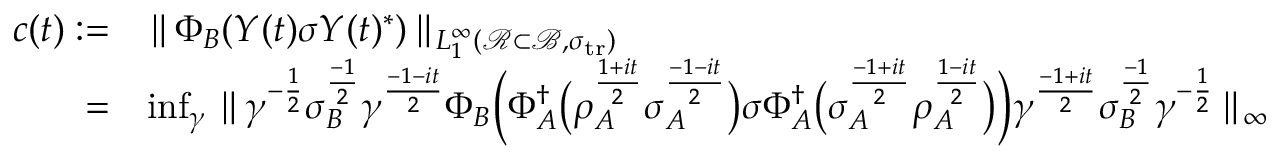
\begin{array} { r l } { c ( t ) : = } & { \parallel \! \Phi _ { B } ( Y ( t ) \sigma Y ( t ) ^ { * } ) \! \parallel _ { L _ { 1 } ^ { \infty } ( { \mathcal R } \subset { \mathcal { B } } , \sigma _ { { \mathrm { t r } } } ) } } \\ { = } & { \operatorname* { i n f } _ { \gamma } \parallel \! \gamma ^ { - \frac { 1 } { 2 } } \sigma _ { B } ^ { \frac { - 1 } { 2 } } \gamma ^ { \frac { - 1 - i t } { 2 } } \Phi _ { B } \Big ( \Phi _ { A } ^ { \dag } \big ( \rho _ { A } ^ { \frac { 1 + i t } { 2 } } \sigma _ { A } ^ { \frac { - 1 - i t } { 2 } } \big ) \sigma \Phi _ { A } ^ { \dag } \big ( \sigma _ { A } ^ { \frac { - 1 + i t } { 2 } } \rho _ { A } ^ { \frac { 1 - i t } { 2 } } \big ) \Big ) \gamma ^ { \frac { - 1 + i t } { 2 } } \sigma _ { B } ^ { \frac { - 1 } { 2 } } \gamma ^ { - \frac { 1 } { 2 } } \! \parallel _ { \infty } } \end{array}